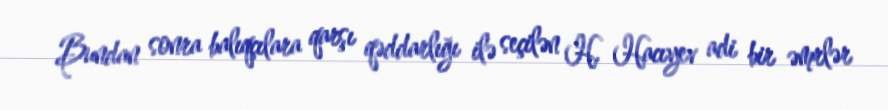
Bundan sonra balıqçılara qarşı qəddarlığı ilə seçilən H. Hacıyev adi bir əmrlər